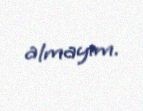
almayım.